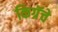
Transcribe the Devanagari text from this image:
किग्रॅचे